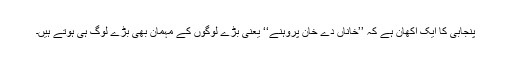
پنجابی کا ایک اکھان ہے کہ ’’خاناں دے خان پروہنے‘‘ یعنی بڑے لوگوں کے مہمان بھی بڑے لوگ ہی ہوتے ہیں۔